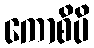
ကောစိပိ